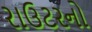
રાઉટરનો